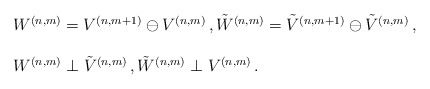
\begin{align*} \begin{array}{l}W^{(n,m)} = V^{(n,m+1)} \ominus V^{(n,m)}\,, \tilde W^{(n,m)} = \tilde V^{(n,m+1)} \ominus \tilde V^{(n,m)}\,, \\ \\ W^{(n,m)} \perp \tilde V^{(n,m)}\,, \tilde W^{(n,m)} \perp V^{(n,m)}\,. \end{array}\end{align*}